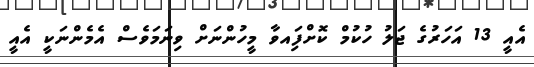
އެއީ 13 އަހަރުގެ ޖަލު ހުކުމް ކޮށްފަިއވާ މީހުންނަށް ވިނަމަވެސް އެމެންނަކީ އެއީ